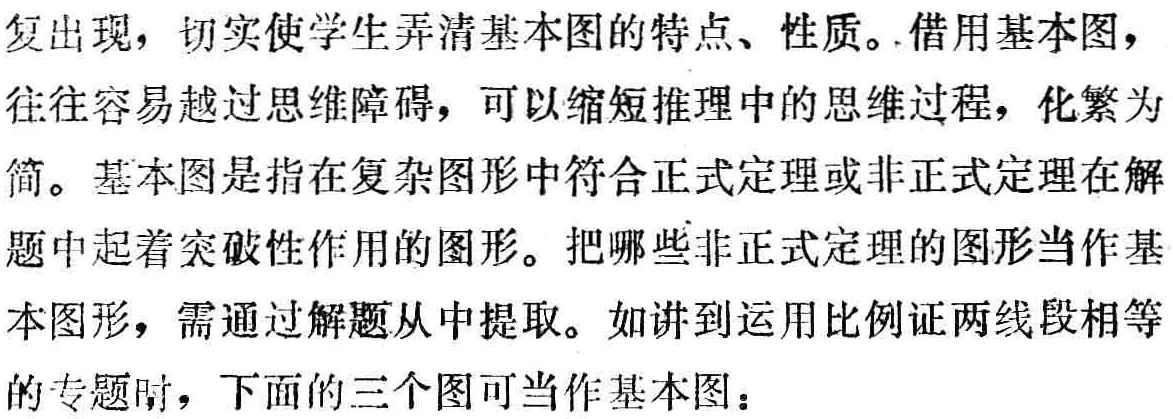
复出现，切实使学生弄清基本图的特点、性质。借用基本图，

往往容易越过思维障碍，可以缩短推理中的思维过程，化繁为

简。基本图是指在复杂图形中符合正式定理或非正式定理在解

题中起着突破性作用的图形。把哪些非正式定理的图形当作基

本图形，需通过解题从中提取。如讲到运用比例证两线段相等

的专题时，下面的三个图可当作基本图：